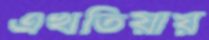
এখতিয়ায়